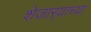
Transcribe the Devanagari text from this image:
शेजार्‍याच्या